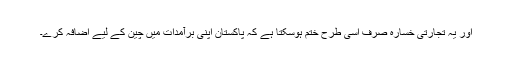
اور یہ تجارتی خسارہ صرف اسی طرح ختم ہوسکتا ہے کہ پاکستان اپنی برآمدات میں چین کے لیے اضافہ کرے۔